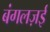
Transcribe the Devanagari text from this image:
बंगलज़ई